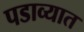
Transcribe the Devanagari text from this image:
पडाव्यात